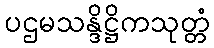
ပဌမသန္ဒိဋ္ဌိကသုတ္တံ